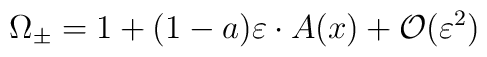
\Omega _{\pm }=1+(1-a)\varepsilon \cdot A(x)+{\cal O}(\varepsilon ^2)